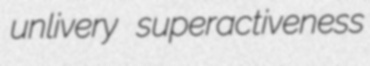
unlivery superactiveness